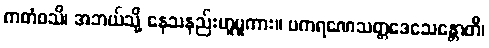
ကတံဝသိ၊ အဘယ်သို့ နေသနည်းဟူမူကား။ ပကရဏေသတ္တဒေသေန္တောတိ၊